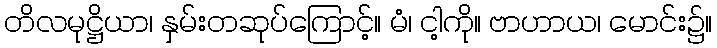
တိလမုဋ္ဌိယာ၊ နှမ်းတဆုပ်ကြောင့်။ မံ၊ ငါ့ကို။ ဗာဟာယ၊ မောင်း၌။